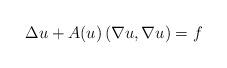
LaTeX: \begin{align*} \Delta u+A(u)\left(\nabla u,\nabla u\right)=f \end{align*}